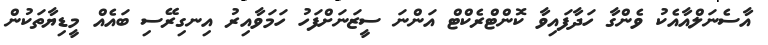
އާސެނަލްއާއެކު ވެންގާ ހަދާފައިވާ ކޮންޓްރެކްޓް އަންނަ ސީޒަނަށްފަހު ހަމަވާއިރު އިނގިރޭސި ބައެއް މީޑިޔާތަކުން